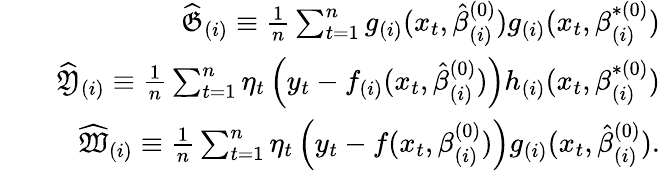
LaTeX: \begin{array}{rlr}&{}&{\widehat{\mathfrak{G}}_{(i)}\equiv\frac{1}{n}\sum_{t=1}^{n}g_{(i)}(x_{t},\hat{\beta}_{(i)}^{(0)})g_{(i)}(x_{t},\beta_{(i)}^{\ast(0)})}\\ &{}&{\widehat{\mathfrak{Y}}_{(i)}\equiv\frac{1}{n}\sum_{t=1}^{n}\eta_{t}\left(y_{t}-f_{(i)}(x_{t},\hat{\beta}_{(i)}^{(0)})\right)h_{(i)}(x_{t},\beta_{(i)}^{\ast(0)})}\\ &{}&{\widehat{\mathfrak{W}}_{(i)}\equiv\frac{1}{n}\sum_{t=1}^{n}\eta_{t}\left(y_{t}-f(x_{t},\beta_{(i)}^{(0)})\right)g_{(i)}(x_{t},\hat{\beta}_{(i)}^{(0)}).}\end{array}